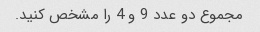
مجموع دو عدد 9 و 4 را مشخص کنید.